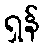
ရှန်